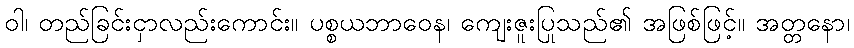
ဝါ၊ တည်ခြင်းငှာလည်းကောင်း။ ပစ္စယဘာဝေန၊ ကျေးဇူးပြုသည်၏ အဖြစ်ဖြင့်။ အတ္တနော၊